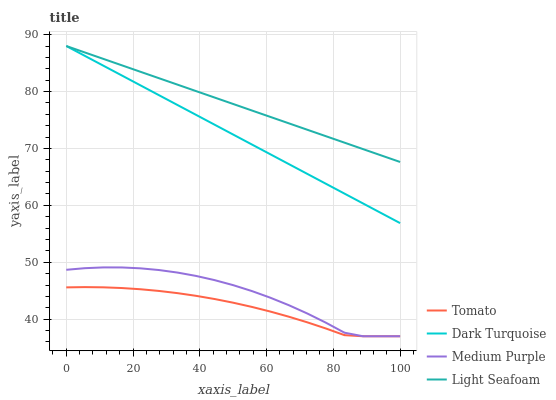
| xaxis_label | Tomato | Dark Turquoise | Medium Purple | Light Seafoam |
 | --- | --- | --- | --- | --- |
 | 0 | 45.6 | 88 | 48.7 | 88 |
 | 5.56 | 45.6 | 86.3 | 49 | 86.9 |
 | 11.1 | 45.6 | 84.5 | 49.1 | 85.7 |
 | 16.7 | 45.5 | 82.8 | 49.1 | 84.6 |
 | 22.2 | 45.3 | 81.1 | 48.9 | 83.5 |
 | 27.8 | 45 | 79.4 | 48.6 | 82.3 |
 | 33.3 | 44.6 | 77.6 | 48.2 | 81.2 |
 | 38.9 | 44.1 | 75.9 | 47.6 | 80.1 |
 | 44.4 | 43.5 | 74.2 | 46.9 | 78.9 |
 | 50 | 42.9 | 72.4 | 46 | 77.8 |
 | 55.6 | 42.2 | 70.7 | 44.9 | 76.7 |
 | 61.1 | 41.3 | 69 | 43.8 | 75.5 |
 | 66.7 | 40.4 | 67.3 | 42.5 | 74.4 |
 | 72.2 | 39.4 | 65.5 | 41 | 73.3 |
 | 77.8 | 38.4 | 63.8 | 39.4 | 72.2 |
 | 83.3 | 37.2 | 62.1 | 37.6 | 71 |
 | 88.9 | 37 | 60.3 | 37 | 69.9 |
 | 94.4 | 37 | 58.6 | 37 | 68.8 |
 | 100 | 37 | 56.9 | 37 | 67.6 |